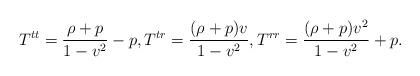
LaTeX: \begin{align*} T^{tt}=\frac{\rho+p}{1-v^2}-p,T^{tr}=\frac{(\rho+p)v}{1-v^2},T^{rr}=\frac{(\rho+p)v^2}{1-v^2}+p.\end{align*}